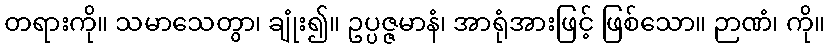
တရားကို။ သမာသေတွာ၊ ချုံး၍။ ဥပ္ပဇ္ဇမာနံ၊ အာရုံအားဖြင့် ဖြစ်သော။ ဉာဏံ၊ ကို။